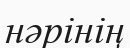
нәрінің